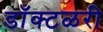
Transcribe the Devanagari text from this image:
डॉक्टळरी